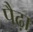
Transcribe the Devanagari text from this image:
पैढ़ा